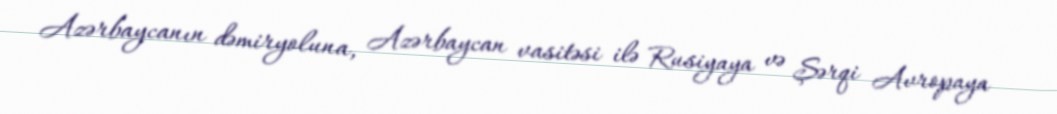
Azərbaycanın dəmiryoluna, Azərbaycan vasitəsi ilə Rusiyaya və Şərqi Avropaya